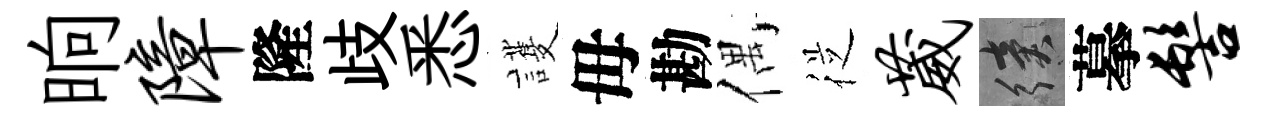
晌障隆歧悉護毋勘偶従葳續摹髻